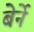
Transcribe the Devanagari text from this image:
बेर्ने